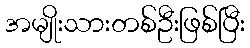
အမျိုးသားတစ်ဦးဖြစ်ပြီး